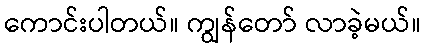
ကောင်းပါတယ်။ ကျွန်တော် လာခဲ့မယ်။